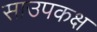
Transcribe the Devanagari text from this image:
साउपकक्ष